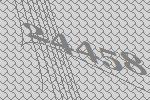
24458